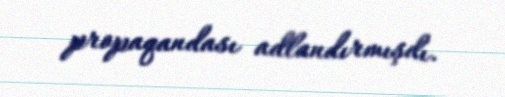
propaqandası adlandırmışdı.